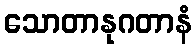
သောတာနုဂတာနံ